Black-water fever - Number 35
Disease focus: Fever
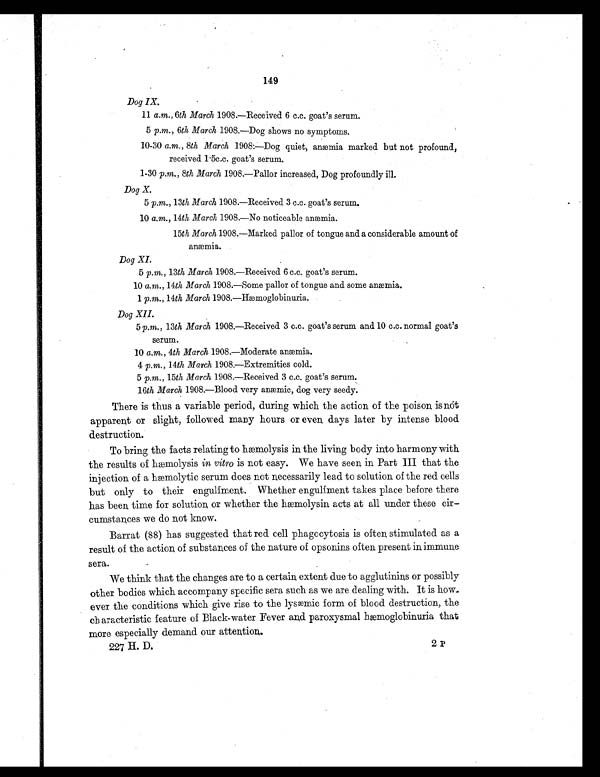
149
Dog IX.
11 a.m., 6th March 1908.—Received 6 c.c. goat's serum.
5 p.m., 6th March 1908.—Dog shows no symptoms.
10–30 a.m., 8th March 1908:—Dog quiet, anæmia marked but not profound.,
received 1.5c.c. goat's serum.
1–30 p .m., 8th March 1908.—Pallor increased, Dog profoundly ill.
Dog X.
5 p.m., 13th March 1908.—Received 3 c.c. goat's serum.
10 a. m., 14th March 1908.—No noticeable anæmia.
15th March 1908.—Marked pallor of tongue and a considerable amount of
anæmia.
Dog XI.
5 p. m., 13th March 1908.—Received 6 c.c. goat's serum.
10 a. m ., 14th March 1908.—Some pallor of tongue and some anæmia.
1 p.m.,14th March 1908.—Hæmoglobinuria.
Dog XII.
5 p. m., 13th March 1908.—Received 3 c.c. goat's serum and 10 c.c. normal goat's
serum.
10 a. m., 4th March 1908.—Moderate anæmia.
4 p . m ., 14th March 1908.—Extremities cold.
5 p.m., 15th March 1908.—Received 3 c.c. goat's serum.
16th March 1908.—Blood very anæmia, dog very seedy.
There is thus a variable period, during which the action of the poison, is not
apparent or slight, followed many hours or even, days later by intense blood
destruction.
To bring the facts relating to hæmolysis in the living body into harmony with
the results of hæmolysis in vitro is not easy. We have seen in Part III that the
injection of a hæmolytic serum does not necessarily lead to solution of the red cells
but only to their engulfment. Whether engulfment takes place before there
has been, time for solution, or whether the hæmolysin acts at all under these cir-
cumstances we do not know.
Barrat (88) has suggested that red cell phagocytosis is often, stimulated as a
result of the action, of substances of the nature of opsonins often present in, immune
sera.
We think that the changes are to a certain, extent due to agglutinins or possibly
other bodies which accompany specific sera such as we are dealing with. It is how
ever the conditions which give rise to the lysæmic form of blood destruction, the
ch aracteristic feature of Black-water Fever and paroxysmal hæmoglobinuria that
more especially demand our attention,.
227 H. D.
2P